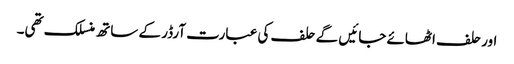
اور حلف اٹھائے جائیں گے حلف کی عبارت آرڈر کے ساتھ منسلک تھی۔